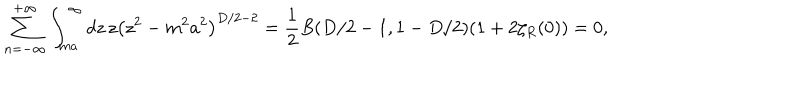
LaTeX: \sum _ { n = - \infty } ^ { + \infty } \int _ { m a } ^ { \infty } d z \, z \left( z ^ { 2 } - m ^ { 2 } a ^ { 2 } \right) ^ { D / 2 - 2 } = \frac { 1 } { 2 } B ( D / 2 - 1 , 1 - D / 2 ) ( 1 + 2 \zeta _ { R } ( 0 ) ) = 0 ,